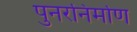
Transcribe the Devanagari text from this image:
पुनरनिर्माण